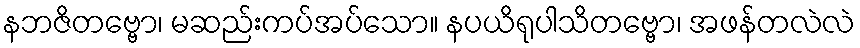
နဘဇိတဗ္ဗော၊ မဆည်းကပ်အပ်သော။ နပယိရုပါသိတဗ္ဗော၊ အဖန်တလဲလဲ